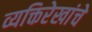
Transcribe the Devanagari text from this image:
व्यक्तिरेखांचे